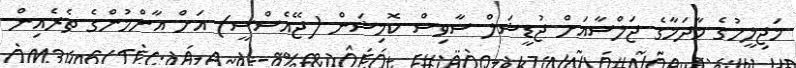
މަޖިލީހުގެ މާދަމާގެ ޖަލްސާއަށް ޖުޑީޝަލް ސާވިސް ކޮމިޝަން (ޖޭއެސްސީ) އަށް އާންމުންގެ ތެރެއިން